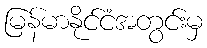
မြန်မာနိုင်ငံအတွင်းမှ